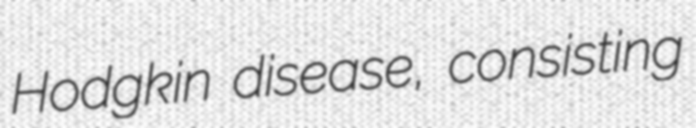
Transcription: Hodgkin disease, consisting